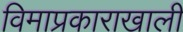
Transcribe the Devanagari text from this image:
विमाप्रकाराखाली